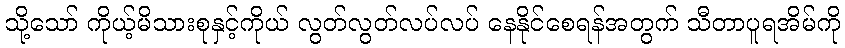
သို့သော် ကိုယ့်မိသားစုနှင့်ကိုယ် လွတ်လွတ်လပ်လပ် နေနိုင်စေရန်အတွက် သီတာပူရအိမ်ကို